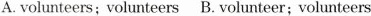
A.volunteers; volunteers B. volunteer; volunteers